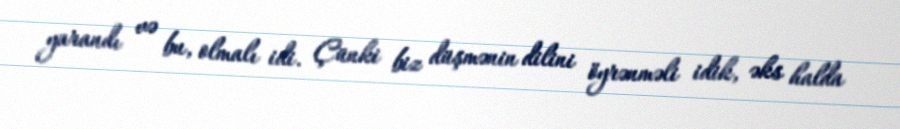
yarandı və bu, olmalı idi. Çünki biz düşmənin dilini öyrənməli idik, əks halda